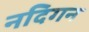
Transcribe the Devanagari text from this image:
नदिगन